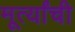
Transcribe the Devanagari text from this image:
मूर्त्यांची